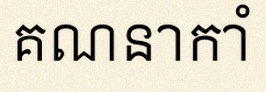
គណនាកាំ